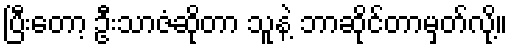
ပြီးတော့ ဦးသာဇံဆိုတာ သူနဲ့ ဘာဆိုင်တာမှတ်လို့။